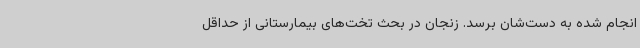
انجام شده به دست‌شان برسد. زنجان در بحث تخت‌های بیمارستانی از حداقل